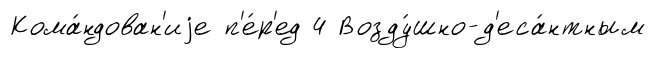
Кома́ндован'иjе п'е́р'ед 4 Возду́шно-д'еса́нтным